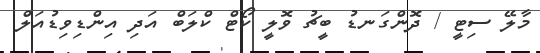
މާލޭ ސިޓީ / ދޮންގަނޑު ބީޗު ވޮލީ ކޯޓް ކްލަބް އަދި އިންޑިވިޑުއަލް